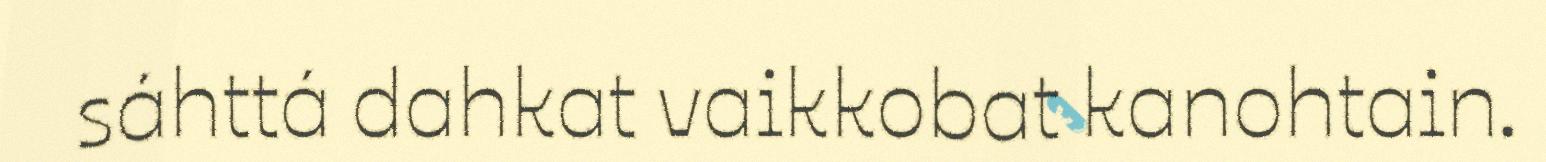
sáhttá dahkat vaikkobat kanohtain.